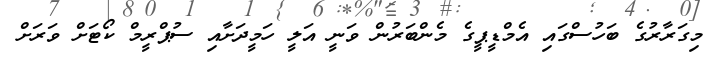
މިގަރާރުގެ ބަހުސްގައި އެމްޑީޕީގެ މެންބަރުން ވަނީ އަލީ ހަމީދަށާއި ސުޕްރީމް ކޯޓަށް ވަރަށް